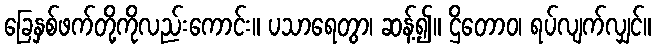
ခြေနှစ်ဖက်တို့ကိုလည်းကောင်း။ ပသာရေတွာ၊ ဆန့်၍။ ဌိတောဝ၊ ရပ်လျက်လျှင်။